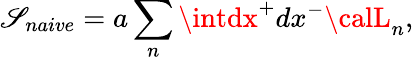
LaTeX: \mathscr{S}_{naive}=a\sum_{n}\intdx^{+}dx^{-}{\calL}_{n},